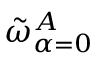
\tilde { \omega } _ { \alpha = 0 } ^ { A }